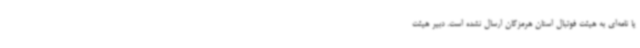
یا نامه‌ای به هیئت فوتبال استان هرمزگان ارسال نشده است. دبیر هیئت